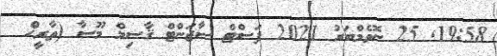
19:58